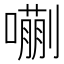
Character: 𫬉